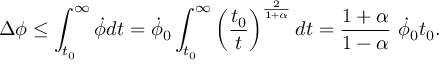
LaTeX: \Delta \phi \leq \int _ { t _ { 0 } } ^ { \infty } \dot { \phi } d t = \dot { \phi } _ { 0 } \int _ { t _ { 0 } } ^ { \infty } \left( { \frac { t _ { 0 } } { t } } \right) ^ { \frac { 2 } { 1 + \alpha } } d t = { \frac { 1 + \alpha } { 1 - \alpha } } ~ \dot { \phi } _ { 0 } t _ { 0 } .